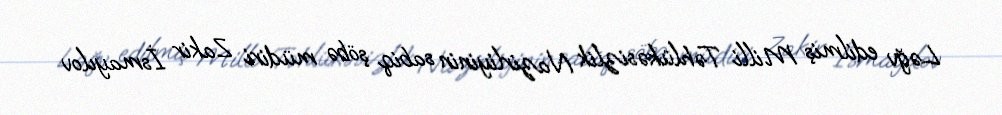
Ləğv edilmiş Milli Təhlükəsizlik Nazirliyinin sabiq şöbə müdiri Zakir İsmayılov